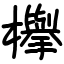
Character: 欅